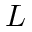
L